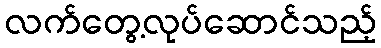
လက်တွေ့လုပ်ဆောင်သည့်